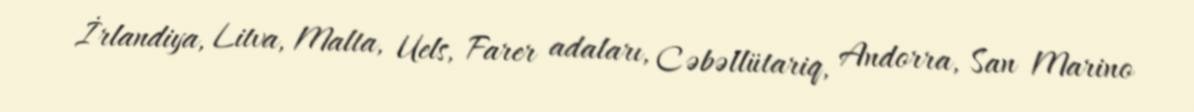
İrlandiya, Litva, Malta, Uels, Farer adaları, Cəbəllütariq, Andorra, San Marino